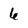
Character: 6